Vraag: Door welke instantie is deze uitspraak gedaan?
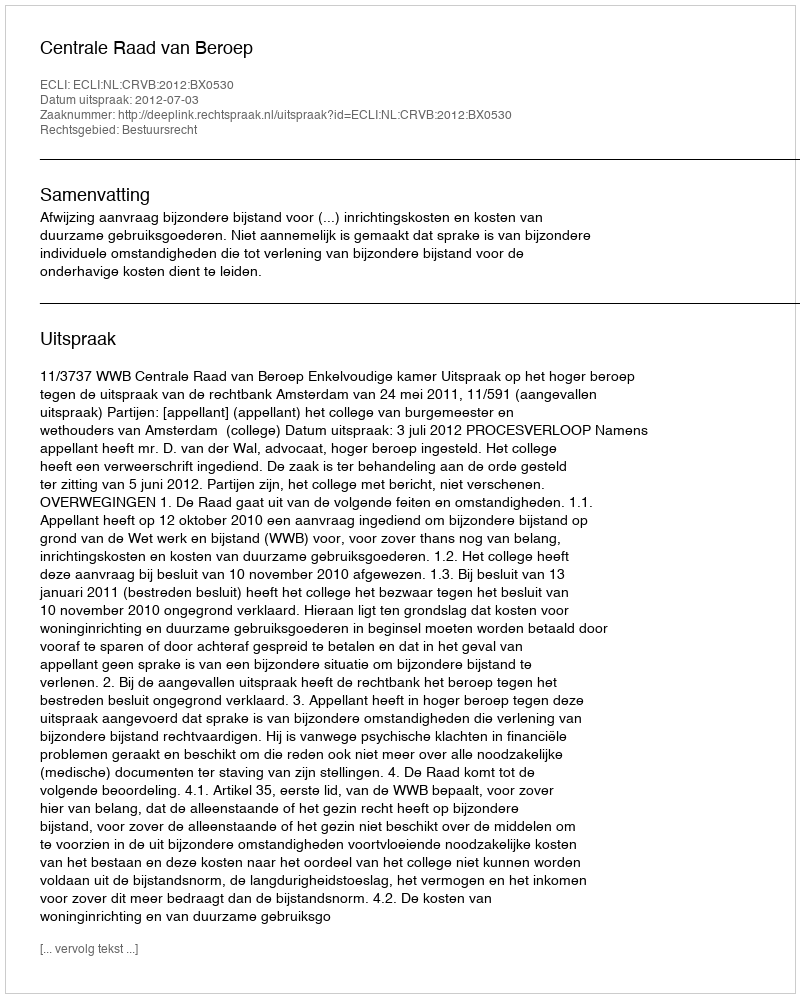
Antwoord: Centrale Raad van Beroep